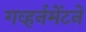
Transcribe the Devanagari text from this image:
गव्हर्नमेंटने